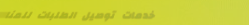
خدمات توصيل الطلبات للمنا